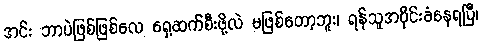
အင်း ဘာပဲဖြစ်ဖြစ်လေ ရှေ့ဆက်စီးဖို့လဲ မဖြစ်တော့ဘူး၊ ရန်သူအဝိုင်းခံနေရပြီ၊